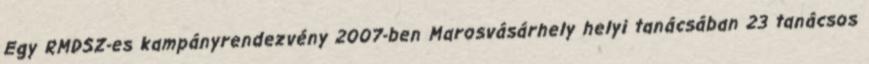
Egy RMDSZ-es kampányrendezvény 2007-ben Marosvásárhely helyi tanácsában 23 tanácsos